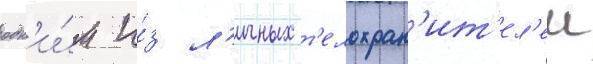
одн'и́м и́з л'ичных т'елохран'ит'ел'еи